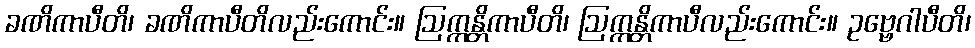
ခဏိကာပီတိ၊ ခဏိကာပီတိလည်းကောင်း။ ဩက္ကန္တိကာပီတိ၊ ဩက္ကန္တိကာပီလည်းကောင်း။ ဥဗ္ဗေဂါပီတိ၊